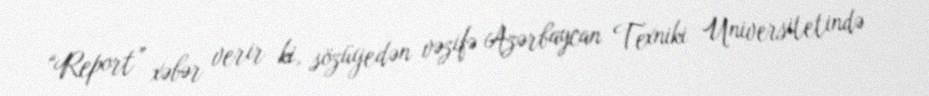
“Report” xəbər verir ki, sözügedən vəzifə Azərbaycan Texniki Universitetində